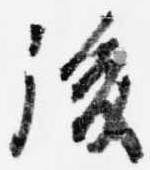
後